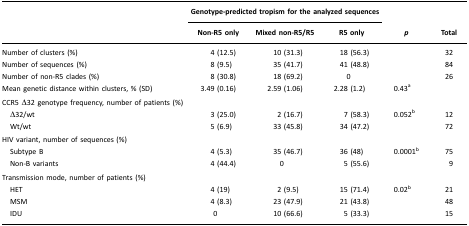
<table><thead><tr><td></td><td colspan="3"><b>Genotype-predicted tropism for the analyzed sequences</b></td><td></td><td></td></tr><tr><td></td><td><b>Non-R5 only</b></td><td><b>Mixed non-R5/R5</b></td><td><b>R5 only</b></td><td><b><i>p</i></b></td><td><b>Total</b></td></tr></thead><tbody><tr><td>Number of clusters (%)</td><td>4 (12.5)</td><td>10 (31.3)</td><td>18 (56.3)</td><td></td><td>32</td></tr><tr><td>Number of sequences (%)</td><td>8 (9.5)</td><td>35 (41.7)</td><td>41 (48.8)</td><td></td><td>84</td></tr><tr><td>Number of non-R5 clades (%)</td><td>8 (30.8)</td><td>18 (69.2)</td><td>0</td><td></td><td>26</td></tr><tr><td>Mean genetic distance within clusters, % (SD)</td><td>3.49 (0.16)</td><td>2.59 (1.06)</td><td>2.28 (1.2)</td><td>0.43a</td><td></td></tr><tr><td colspan="6">CCR5 Δ32 genotype frequency, number of patients (%)</td></tr><tr><td> Δ32/wt</td><td>3 (25.0)</td><td>2 (16.7)</td><td>7 (58.3)</td><td>0.052b</td><td>12</td></tr><tr><td> Wt/wt</td><td>5 (6.9)</td><td>33 (45.8)</td><td>34 (47.2)</td><td></td><td>72</td></tr><tr><td colspan="6">HIV variant, number of sequences (%)</td></tr><tr><td> Subtype B</td><td>4 (5.3)</td><td>35 (46.7)</td><td>36 (48)</td><td>0.0001b</td><td>75</td></tr><tr><td> Non-B variants</td><td>4 (44.4)</td><td>0</td><td>5 (55.6)</td><td></td><td>9</td></tr><tr><td colspan="6">Transmission mode, number of patients (%)</td></tr><tr><td> HET</td><td>4 (19)</td><td>2 (9.5)</td><td>15 (71.4)</td><td>0.02b</td><td>21</td></tr><tr><td> MSM</td><td>4 (8.3)</td><td>23 (47.9)</td><td>21 (43.8)</td><td></td><td>48</td></tr><tr><td> IDU</td><td>0</td><td>10 (66.6)</td><td>5 (33.3)</td><td></td><td>15</td></tr></tbody></table>